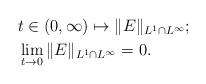
LaTeX: \begin{align*} &t\in (0,\infty) \mapsto \|E\|_{L^1\cap L^\infty} ; \\ &\lim_{t\to 0} \|E\|_{L^1\cap L^\infty} =0.\end{align*}